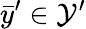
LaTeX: \bar{y}^{\prime}\in\mathcal{Y}^{\prime}